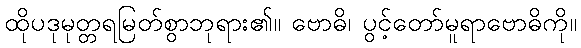
ထိုပဒုမုတ္တရမြတ်စွာဘုရား၏။ ဗောဓိ၊ ပွင့်တော်မူရာဗောဓိကို။